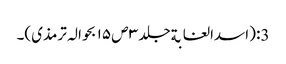
3: (اسدالغابةجلد ۳ ص ۱۵ بحوالہ ترمذی)۔